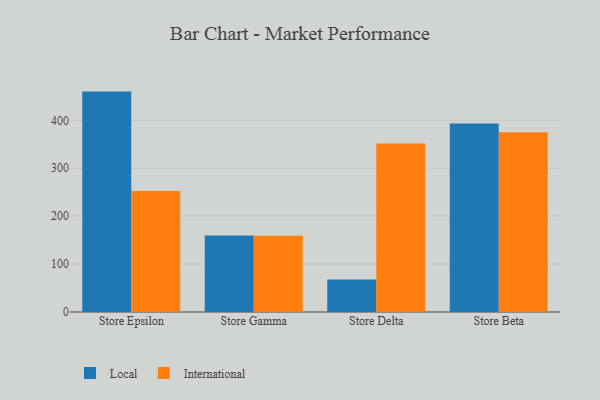
{"axis": {"x": "Store", "y": "Production Output"}, "legend": ["International", "Local"], "data": [{"x": "Store Epsilon", "y": 459.9, "type": "Local"}, {"x": "Store Epsilon", "y": 252.3, "type": "International"}, {"x": "Store Gamma", "y": 159.8, "type": "Local"}, {"x": "Store Gamma", "y": 159.2, "type": "International"}, {"x": "Store Delta", "y": 67.6, "type": "Local"}, {"x": "Store Delta", "y": 351.8, "type": "International"}, {"x": "Store Beta", "y": 393.2, "type": "Local"}, {"x": "Store Beta", "y": 375.0, "type": "International"}]}